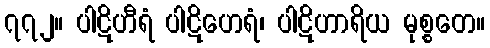
၇၇၂။ ပါဋိဟီရံ ပါဋိဟေရံ၊ ပါဋိဟာရိယ မုစ္စတေ။